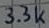
Text: 33k